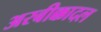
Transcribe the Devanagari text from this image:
अरबीक्कादल